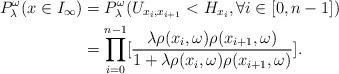
LaTeX: \begin{align*}P_{\lambda}^{\omega}(x\in I_{\infty})&=P_{\lambda}^{\omega}(U_{x_i,x_{i+1}}<H_{x_i},\forall i\in[0,n-1])\\&=\prod_{i=0}^{n-1}[\frac{\lambda\rho(x_i,\omega)\rho(x_{i+1},\omega)}{1+\lambda\rho(x_i,\omega)\rho(x_{i+1},\omega)}].\end{align*}